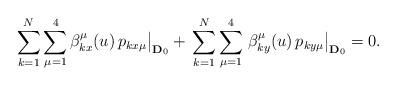
LaTeX: \begin{align*}\sum^{N}_{k=1}\sum^4_{\mu=1} \beta^\mu_{kx}(u)\,p_{kx\mu }\big|_{{\bf D}_0}+\,\sum^{N}_{k=1}\sum^4_{\mu=1}\, \beta^\mu_{ky}(u)\,p_{ky\mu }\big|_{{\bf D}_0} =0.\end{align*}